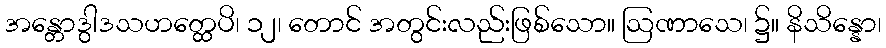
အန္တောဒွါဒသဟတ္ထေပိ၊ ၁၂၊ တောင် အတွင်းလည်းဖြစ်သော။ ဩဏာသေ၊ ၌။ နိသိန္နော၊